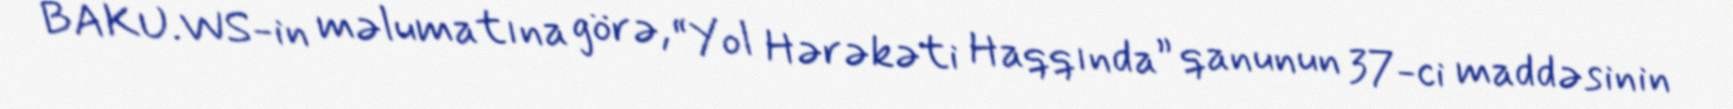
BAKU.WS-in məlumatına görə, “Yol Hərəkəti Haqqında” qanunun 37-ci maddəsinin